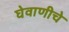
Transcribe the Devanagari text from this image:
घेवाणीचे